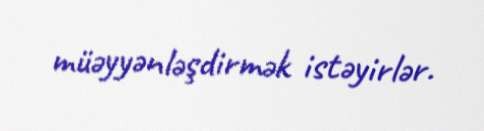
müəyyənləşdirmək istəyirlər.